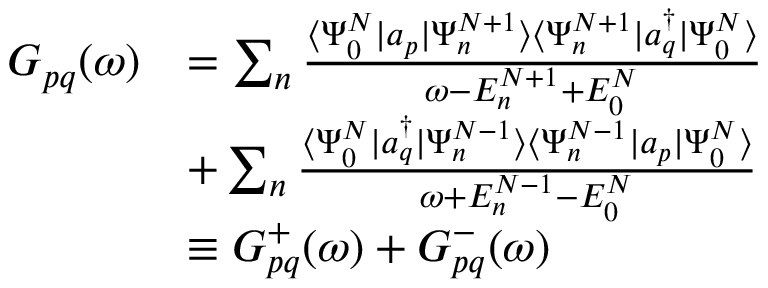
\begin{array} { r l } { G _ { p q } ( \omega ) } & { = \sum _ { n } \frac { \langle \Psi _ { 0 } ^ { N } | a _ { p } | \Psi _ { n } ^ { N + 1 } \rangle \langle \Psi _ { n } ^ { N + 1 } | a _ { q } ^ { \dagger } | \Psi _ { 0 } ^ { N } \rangle } { \omega - E _ { n } ^ { N + 1 } + E _ { 0 } ^ { N } } } \\ & { + \sum _ { n } \frac { \langle \Psi _ { 0 } ^ { N } | a _ { q } ^ { \dagger } | \Psi _ { n } ^ { N - 1 } \rangle \langle \Psi _ { n } ^ { N - 1 } | a _ { p } | \Psi _ { 0 } ^ { N } \rangle } { \omega + E _ { n } ^ { N - 1 } - E _ { 0 } ^ { N } } } \\ & { \equiv G _ { p q } ^ { + } ( \omega ) + G _ { p q } ^ { - } ( \omega ) } \end{array}